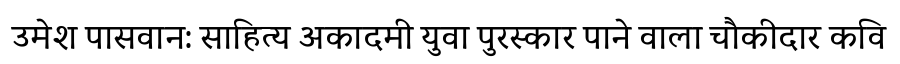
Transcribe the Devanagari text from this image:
उमेश पासवान: साहित्य अकादमी युवा पुरस्कार पाने वाला चौकीदार कवि